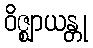
ဝိဇ္ဈာယန္တု